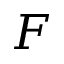
F